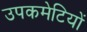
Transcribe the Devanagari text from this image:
उपकमेटियों